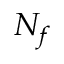
N _ { f }